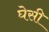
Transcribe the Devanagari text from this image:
घेसी